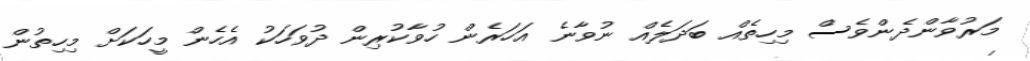
މަރުވާންދެންވެސް މިހިތެއް ބަދަލެއް ނުވާނެ އަހަރެން ހުވާކުރިން ދުވަހަކު އެހެން މީހަކަށް މިހިތުން